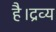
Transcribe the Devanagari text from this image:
है।द्रव्य